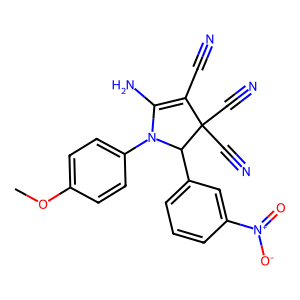
SMILES: COc1ccc(N2C(N)=C(C#N)C(C#N)(C#N)C2c2cccc([N+](=O)[O-])c2)cc1
Inhibits HIV replication: No